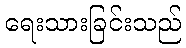
ရေးသားခြင်းသည်